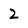
Character: 2